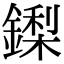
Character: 鏫